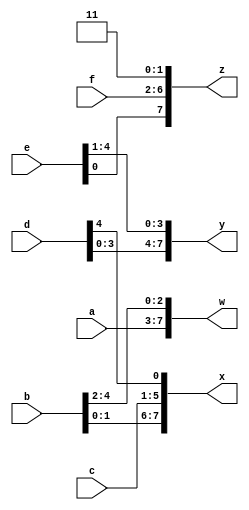
module top_module (
    input [4:0] a, b, c, d, e, f,
    output [7:0] w, x, y, z );
    
    wire [31:0]out;
    
    assign out = {a[4:0],b[4:0],c[4:0],d[4:0],e[4:0],f[4:0],1'b1,1'b1};

    
    assign {w[7:0],x[7:0],y[7:0],z[7:0]} = out;
    
	
endmodule